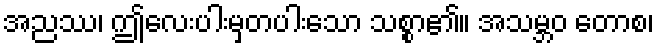
အညဿ၊ ဤလေးပါးမှတပါးသော သစ္စာ၏။ အသမ္ဘဝ တောစ၊